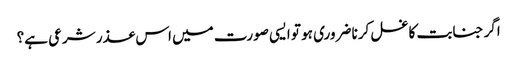
اگر جنابت کا غسل کرنا ضروری ہو تو ایسی صورت میں اس عذر شرعی ہے؟